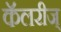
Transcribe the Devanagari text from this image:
कॅलरीज्‌